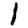
Digit: 1